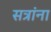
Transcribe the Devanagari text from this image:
सत्रांना